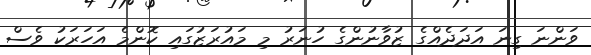
ވަންނަ ގިނަ އަދަދެއްގެ ޒުވާނުންގެ ހުނަރު މި މައުރަޒުގައި ކޮންމެ އަހަރަކު ވެސް